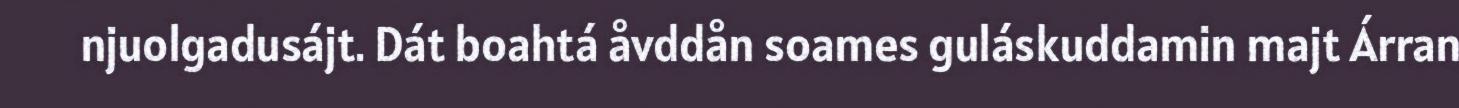
njuolgadusájt. Dát boahtá åvddån soames guláskuddamin majt Árran